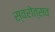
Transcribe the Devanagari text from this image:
स्वरोत्सव